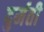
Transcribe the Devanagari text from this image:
दुर्मती